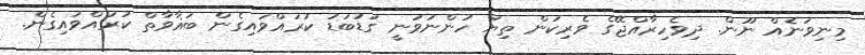
މިނިވަނެއް ނޫން. ދިވެހިރާއްޖޭގެ ވެރިކަން ތިޔަ ހުންނަވަނީ ގަޑުބަޑު ކުރައްވައިގެން ބަޣާވާތް ކުރައްވައިގެން.